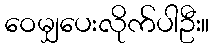
ဝေမျှပေးလိုက်ပါဦး။